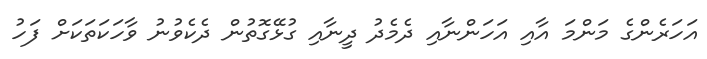
އަހަރެންގެ މަންމަ އާއި އަހަންނާއި ދެމެދު ދީނާއި ގުޅޭގޮތުން ދެކެވުނު ވާހަކަތަކަށް ފަހު